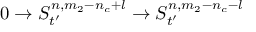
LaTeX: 0 \rightarrow S _ { t ^ { \prime } } ^ { n , m _ { 2 } - n _ { c } + l } \rightarrow S _ { t ^ { \prime } } ^ { n , m _ { 2 } - n _ { c } - l }